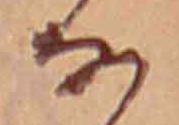
な